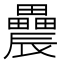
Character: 𨑌